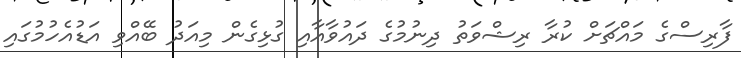
ފާރިސްގެ މައްޗަށް ކުރާ ރިޝްވަތު ދިނުމުގެ ދައުވާއާއި ގުޅިގެން މިއަދު ބޭއްވި އަޑުއެހުމުގައި